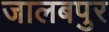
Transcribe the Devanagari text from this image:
जालबपुर